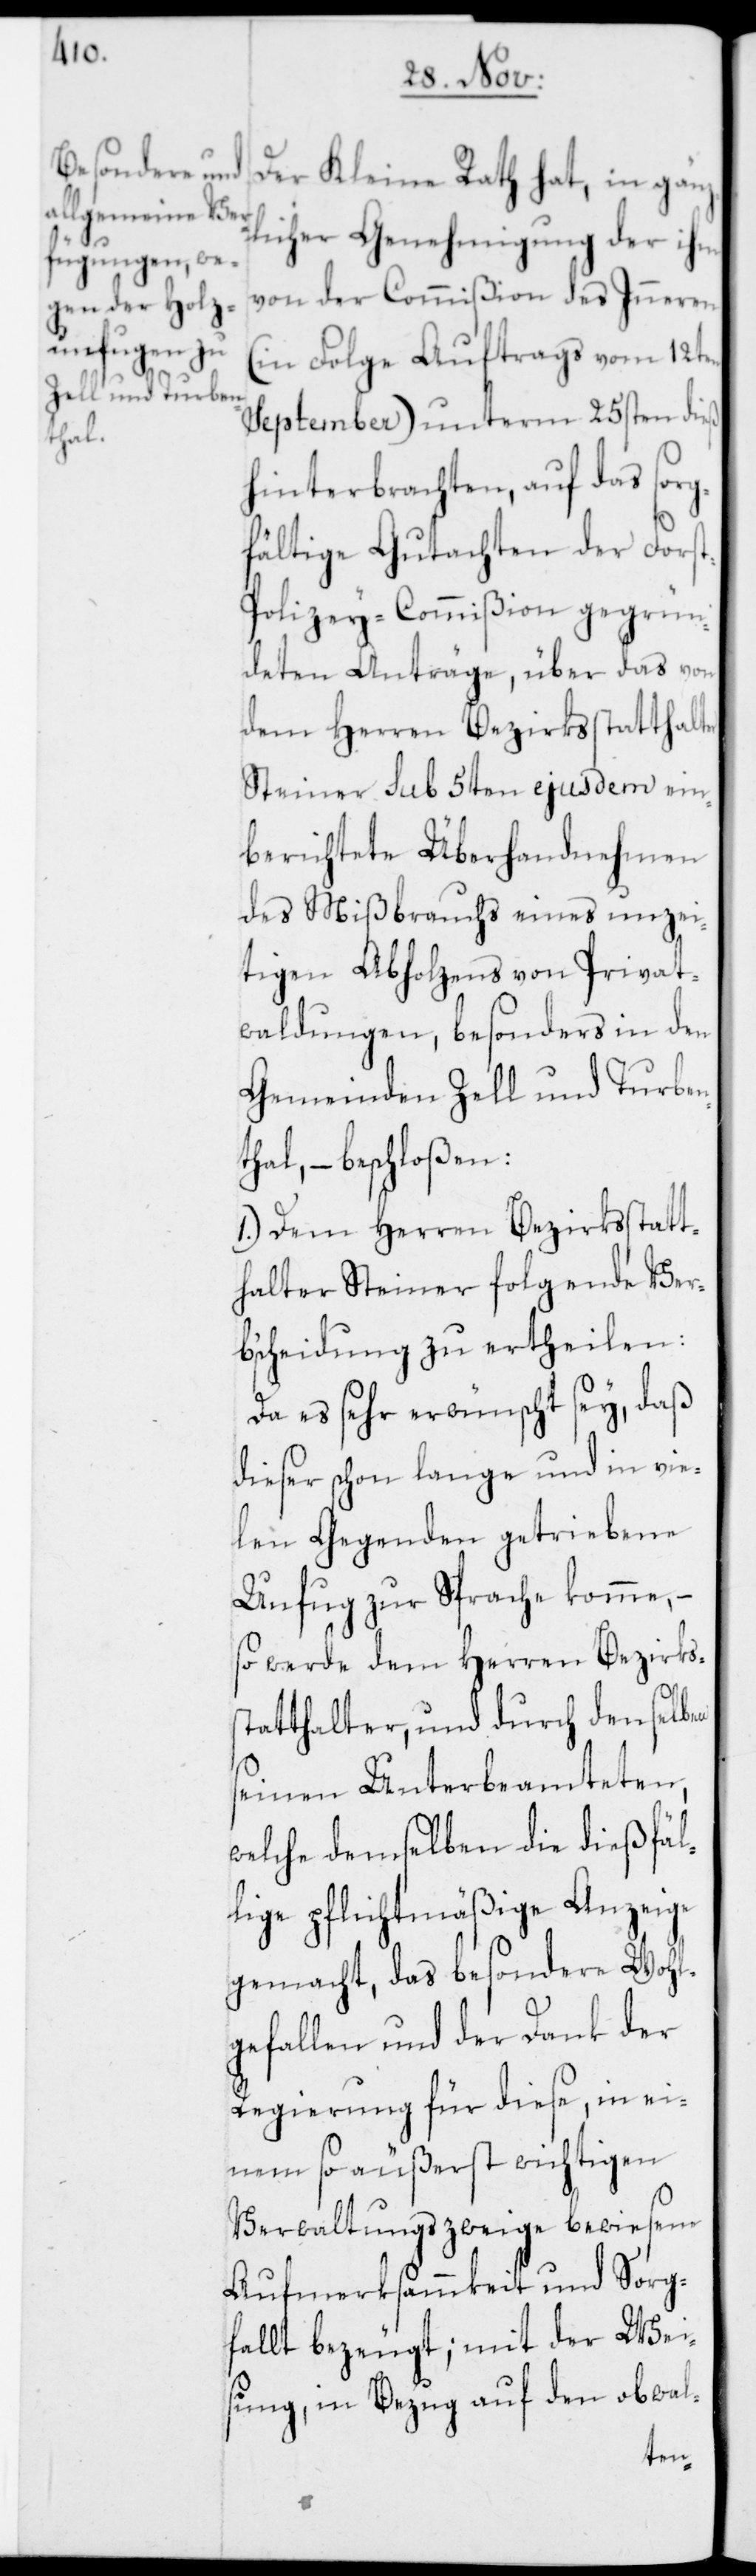
Der Kleine Rath hat, in gänz¬
licher Genehmigung der ihm
von der Commißion des Inneren
(in Folge Auftrags vom 12ten
September) unterm 25sten dieß
hinterbrachten, auf das sorg¬
fältige Gutachten der Fors¬
t-Polizey-Commißion gegrün¬
deten Anträge, über das von
dem Herren Bezirksstatthalter
Steiner sub 5ten ejusdem ein¬
berichtete Überhandnehmen
des Mißbrauchs eines unzei¬
tigen Abholzens von Privat¬
waldungen, besonders in den
Gemeinden Zell und Turben¬
thal, – beschloßen:
1.) Dem Herren Bezirksstatt¬
halter Steiner folgende Ver¬
bscheidung zu ertheilen:
Da es sehr erwünscht sey, daß
dieser schon lange und in vie¬
len Gegenden getriebene
Unfug zur Sprache komme,
so werde dem Herren Bezirks¬
statthalter, und durch denselben
seinen Unterbeamteten,
welche demselben die dießfäl¬
lige pflichtmäßige Anzeige
gemacht, das besondere Wohl¬
gefallen und der Dank der
Regierung für diese, in ei¬
nem so äußerst wichtigen
Verwaltungszweige bewiesene
Aufmerksammkeit und Sorg¬
fallt bezeugt; mit der Wei¬
sung, in Bezug auf den obwal-